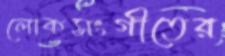
লোকসংগীতের